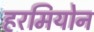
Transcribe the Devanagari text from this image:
हरमियोन